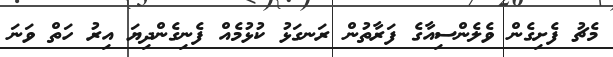
މެޗު ފެށިގެން ވެލެންސިއާގެ ފަރާތުން ރަނގަޅު ކުޅުމެއް ފެނިގެންދިޔަ އިރު ހަތް ވަނަ